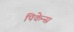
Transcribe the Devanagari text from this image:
पिकेन्स